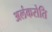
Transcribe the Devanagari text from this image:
अलंकरोति